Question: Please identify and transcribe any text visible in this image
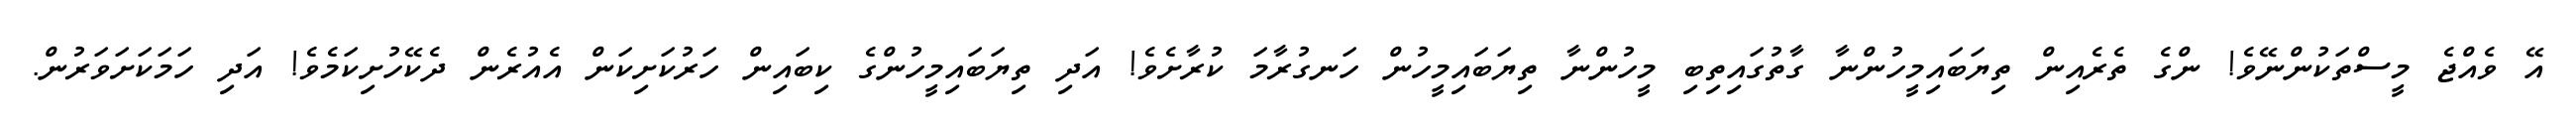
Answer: އޭ ވެއްޖެ މީސްތަކުންނޭވެ! ންގެ ތެރެއިން ތިޔަބައިމީހުންނާ ގާތުގައިތިބި މީހުންނާ ތިޔަބައިމީހުން ހަނގުރާމަ ކުރާށެވެ! އަދި ތިޔަބައިމީހުންގެ ކިބައިން ހަރުކަށިކަން އެއުރެން ދެކޭހުށިކަމެވެ! އަދި ހަމަކަށަވަރުން.